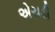
એચડી